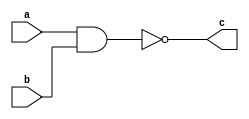
module nand_gate(c,a,b); 
    input a,b; 
    output c; 
    assign c = ~(a&b); 
endmodule

module not_gate(f,e); 
    input e; 
    output f; 
    assign f= ~e; 
endmodule

module d_ff_struct(q,qbar,d,clk);
    input d,clk; 
    output q, qbar; 
    
    wire x,y;
    not_gate not1(dbar,d); 
    nand_gate nand1(x,clk,d); 
    nand_gate nand2(y,clk,dbar); 
    nand_gate nand3(qbar,q,y); 
    nand_gate nand4(q,qbar,x); 
endmodule